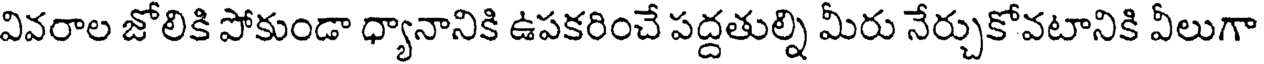
వివరాల జోలికి పోకుండా ధ్యానానికి ఉపకరించే పద్దతుల్ని మీరు నేర్చుకోవటానికి వీలుగా